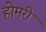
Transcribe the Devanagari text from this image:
होमरी